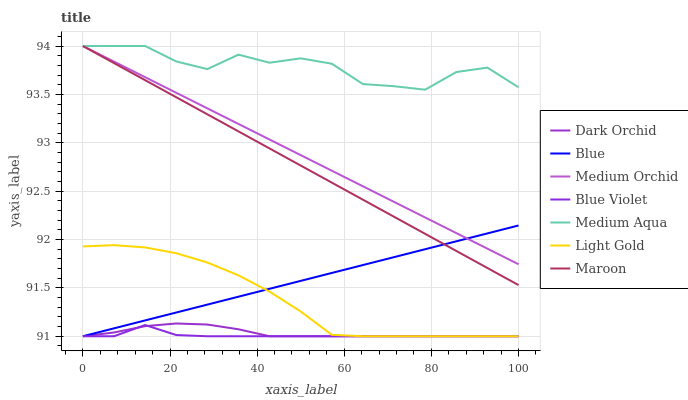
| xaxis_label | Dark Orchid | Blue | Medium Orchid | Blue Violet | Medium Aqua | Light Gold | Maroon |
 | --- | --- | --- | --- | --- | --- | --- | --- |
 | 0 | 91 | 91 | 94 | 91 | 94 | 91.9 | 94 |
 | 7.14 | 91 | 91.1 | 93.8 | 91 | 94 | 91.9 | 93.8 |
 | 14.3 | 91.1 | 91.2 | 93.7 | 91.1 | 94 | 91.9 | 93.6 |
 | 21.4 | 91.1 | 91.2 | 93.5 | 91 | 93.8 | 91.9 | 93.5 |
 | 28.6 | 91.1 | 91.3 | 93.4 | 91 | 93.8 | 91.8 | 93.3 |
 | 35.7 | 91.1 | 91.4 | 93.2 | 91 | 93.9 | 91.6 | 93.1 |
 | 42.9 | 91 | 91.5 | 93 | 91 | 93.8 | 91.5 | 92.9 |
 | 50 | 91 | 91.6 | 92.9 | 91 | 93.9 | 91.3 | 92.8 |
 | 57.1 | 91 | 91.7 | 92.7 | 91 | 93.8 | 91 | 92.6 |
 | 64.3 | 91 | 91.7 | 92.5 | 91 | 93.6 | 91 | 92.4 |
 | 71.4 | 91 | 91.8 | 92.4 | 91 | 93.6 | 91 | 92.2 |
 | 78.6 | 91 | 91.9 | 92.2 | 91 | 93.5 | 91 | 92.1 |
 | 85.7 | 91 | 92 | 92.1 | 91 | 93.7 | 91 | 91.9 |
 | 92.9 | 91 | 92.1 | 91.9 | 91 | 93.8 | 91 | 91.7 |
 | 100 | 91 | 92.1 | 91.7 | 91 | 93.6 | 91 | 91.5 |